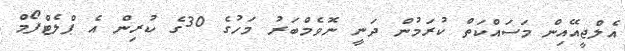
އެލްޖީއޭއިން މަސައްކަތް ކުރަމުން ދަނީ ނޮވެމްބަރު މަހުގެ 30ގެ ކުރިން އެ ޕްލެޓްފޯމް